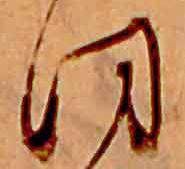
ほ